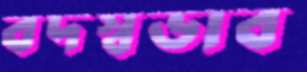
বদস্বভাব